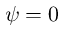
\psi = 0